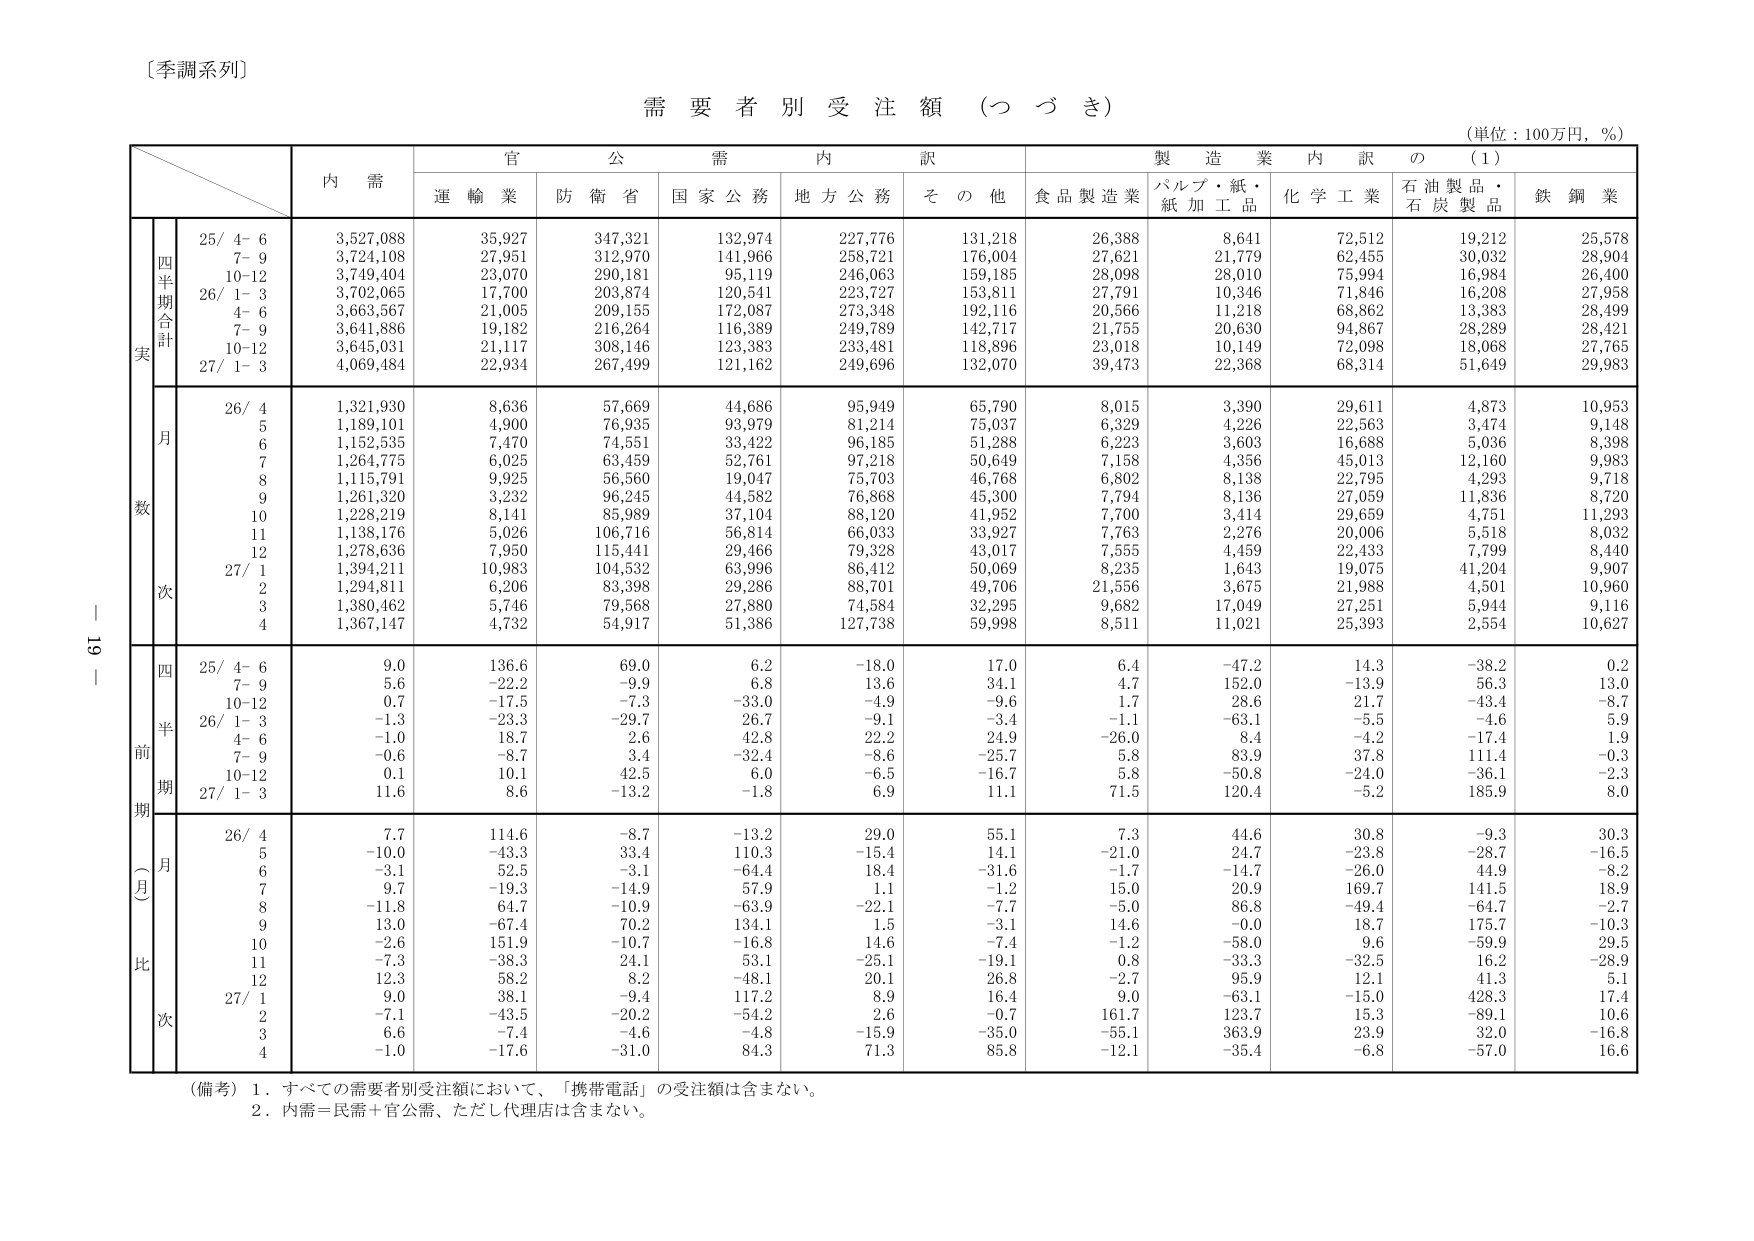
〔季調系列〕

需要者別受注額（つづき）

（単位：100万円，％）

内 需
官 公 需 内 訳
製 造 業 内 訳 の （1）
運 輸 業 防 衛 省 国 家 公 務 地 方 公 務 そ の 他 食 品 製 造 業 パ ル プ ・ 紙 ・ 紙 加 工 品 化 学 工 業 石 油 製 品 ・ 石 炭 製 品 鉄 鋼 業

実
四半期合計
25/ 4- 6 3,527,088 35,927 347,321 132,974 227,776 131,218 26,388 8,641 72,512 19,212 25,578
7- 9 3,724,108 27,951 312,970 141,966 258,721 176,004 27,621 21,779 62,455 30,032 28,904
10-12 3,749,404 23,070 290,181 95,119 246,063 159,185 28,098 28,010 75,994 16,984 26,400
26/ 1- 3 3,702,065 17,700 203,874 120,541 223,727 153,811 27,791 10,346 71,846 16,208 27,958
4- 6 3,663,567 21,005 209,155 172,087 273,348 192,116 20,566 11,218 68,862 13,383 28,499
7- 9 3,641,886 19,182 216,264 116,389 249,789 142,717 21,755 20,630 94,867 28,289 28,421
10-12 3,645,031 21,117 308,146 123,383 233,481 118,896 23,018 10,149 72,098 18,068 27,765
27/ 1- 3 4,069,484 22,934 267,499 121,162 249,696 132,070 39,473 22,368 68,314 51,649 29,983

数
月
26/ 4 1,321,930 8,636 57,669 44,686 95,949 65,790 8,015 3,390 29,611 4,873 10,953
5 1,189,101 4,900 76,935 93,979 81,214 75,037 6,329 4,226 22,563 3,474 9,148
6 1,152,535 7,470 74,551 33,422 96,185 51,288 6,223 3,603 16,688 5,036 8,398
7 1,264,775 6,025 63,459 52,761 97,218 50,649 7,158 4,356 45,013 12,160 9,983
8 1,115,791 9,925 56,560 19,047 75,703 46,768 6,802 8,138 22,795 4,293 9,718
9 1,261,320 3,232 96,245 44,582 76,868 45,300 7,794 8,136 27,059 11,836 8,720
10 1,228,219 8,141 85,989 37,104 88,120 41,952 7,700 3,414 29,659 4,751 11,293
11 1,138,176 5,026 106,716 56,814 66,033 33,927 7,763 2,276 20,006 5,518 8,032
12 1,278,636 7,950 115,441 29,466 79,328 43,017 7,555 4,459 22,433 7,799 8,440
27/ 1 1,394,211 10,983 104,532 63,996 86,412 50,069 8,235 1,643 19,075 41,204 9,907
2 1,294,811 6,206 83,398 29,286 88,701 49,706 21,556 3,675 21,988 4,501 10,960
3 1,380,462 5,746 79,568 27,880 74,584 32,295 9,682 17,049 27,251 5,944 9,116
4 1,367,147 4,732 54,917 51,386 127,738 59,998 8,511 11,021 25,393 2,554 10,627

前
期
四半期
25/ 4- 6 9.0 136.6 69.0 6.2 -18.0 17.0 6.4 -47.2 14.3 -38.2 0.2
7- 9 5.6 -22.2 -9.9 6.8 13.6 34.1 4.7 152.0 -13.9 56.3 13.0
10-12 0.7 -17.5 -7.3 -33.0 -4.9 -9.6 1.7 28.6 21.7 -43.4 -8.7
26/ 1- 3 -1.3 -23.3 -29.7 26.7 -9.1 -3.4 -1.1 -63.1 -5.5 -4.6 5.9
4- 6 -1.0 18.7 2.6 42.8 22.2 24.9 -26.0 8.4 -4.2 -17.4 1.9
7- 9 -0.6 -8.7 3.4 -32.4 -8.6 -25.7 5.8 83.9 37.8 111.4 -0.3
10-12 0.1 10.1 42.5 6.0 -6.5 -16.7 5.8 -50.8 -24.0 -36.1 -2.3
27/ 1- 3 11.6 8.6 -13.2 -1.8 6.9 11.1 71.5 120.4 -5.2 185.9 8.0

比
月
26/ 4 7.7 114.6 -8.7 -13.2 29.0 55.1 7.3 44.6 30.8 -9.3 30.3
5 -10.0 -43.3 33.4 110.3 -15.4 14.1 -21.0 24.7 -23.8 -28.7 -16.5
6 -3.1 52.5 -3.1 -64.4 18.4 -31.6 -1.7 -14.7 -26.0 44.9 -8.2
7 9.7 -19.3 -14.9 57.9 1.1 -1.2 15.0 20.9 169.7 141.5 18.9
8 -11.8 64.7 -10.9 -63.9 -22.1 -7.7 -5.0 86.8 -49.4 -64.7 -2.7
9 13.0 -67.4 70.2 134.1 1.5 -3.1 14.6 0.0 18.7 175.7 -10.3
10 -2.6 151.9 -10.7 -16.8 14.6 -7.4 -1.2 -58.0 9.6 -59.9 29.5
11 -7.3 -38.3 24.1 53.1 -25.1 -19.1 0.8 -33.3 -32.5 16.2 -28.9
12 12.3 58.2 8.2 -48.1 20.1 26.8 -2.7 95.9 12.1 41.3 5.1
27/ 1 9.0 38.1 -9.4 117.2 8.9 16.4 9.0 -63.1 -15.0 428.3 17.4
2 -7.1 -43.5 -20.2 -54.2 2.6 -0.7 161.7 123.7 15.3 -89.1 10.6
3 6.6 -7.4 -4.6 -4.8 -15.9 -35.0 -55.1 363.9 23.9 32.0 -16.8
4 -1.0 -17.6 -31.0 84.3 71.3 85.8 -12.1 -35.4 -6.8 -57.0 16.6

（備考） 1．すべての需要者別受注額において、「携帯電話」の受注額は含まない。
2．内需＝民需＋官公需、ただし代理店は含まない。